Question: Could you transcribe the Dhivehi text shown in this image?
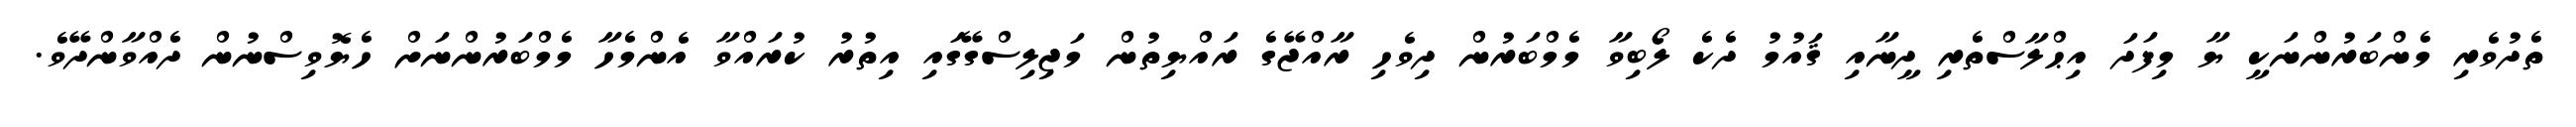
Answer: ތެދުވެރި މެންބަރުންނަކީ ޔާ މިފަދަ އިޙްލާސްތެރި ދީނާއި ޤައުމު ދެކެ ލޯބިވާ މެމްބަރުން ދިވެހި ރާއްޖޭގެ ރައްޔިތުން މަޖިލިސްގޭގައި އިތުރު ކުރައްވާ އެންމެހާ މެމްބަރުންނަށް ހެޔޮވިސްނުން ދެއްވާންދޭވެ.